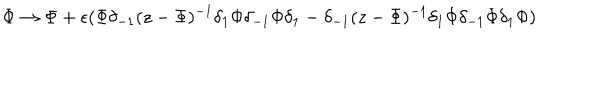
\Phi \rightarrow \Phi + \epsilon ( \Phi \delta _ { - 1 } ( z - \Phi ) ^ { - 1 } \delta _ { 1 } \Phi \delta _ { - 1 } \Phi \delta _ { 1 } - \delta _ { - 1 } ( z - \Phi ) ^ { - 1 } \delta _ { 1 } \Phi \delta _ { - 1 } \Phi \delta _ { 1 } \Phi )